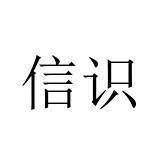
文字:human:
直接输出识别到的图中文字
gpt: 信识